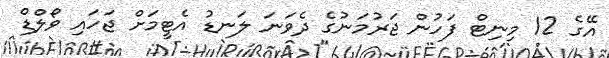
އޭގެ 12 މިނިޓް ފަހުން ޖަރުމަނުގެ ދެވަނަ ލަނޑު އެޓީމަށް ޖަހައި ވޯލްޑް